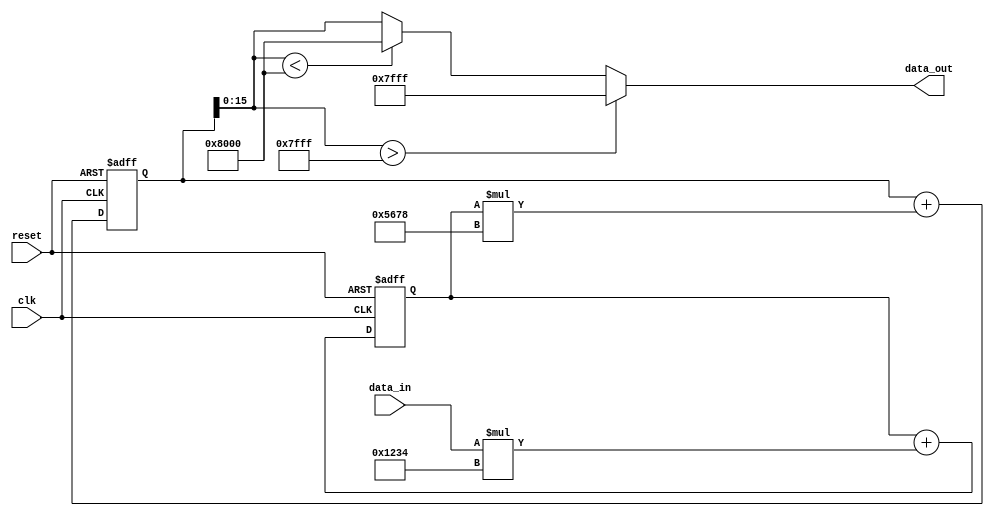
module iir_filter_accumulator(
    input wire clk,
    input wire reset,
    input wire [15:0] data_in,
    output wire [15:0] data_out
);

// define filter coefficients
parameter [15:0] coeff1 = 16'h1234;
parameter [15:0] coeff2 = 16'h5678;
parameter [15:0] coeff3 = 16'h9abc;

// define accumulator registers
reg [31:0] acc_reg1;
reg [31:0] acc_reg2;

// sequential logic for accumulator
always @(posedge clk or posedge reset) begin
    if (reset) begin
        acc_reg1 <= 0;
        acc_reg2 <= 0;
    end else begin
        acc_reg1 <= acc_reg1 + data_in * coeff1;
        acc_reg2 <= acc_reg2 + acc_reg1 * coeff2;
    end
end

// output data after limiting to desired range
assign data_out = (acc_reg2[15:0] > 16'h7fff) ? 16'h7fff : (acc_reg2[15:0] < -16'h8000) ? -16'h8000 : acc_reg2[15:0];

endmodule